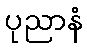
ပုညာနံ